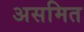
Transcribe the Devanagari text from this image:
असमित